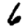
Digit: 6